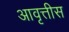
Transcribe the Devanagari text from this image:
आवृत्तीस